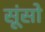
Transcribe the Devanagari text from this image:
सूंसो